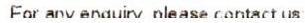
FOR ANY ENQUIRY. PLEASE CONTACT US